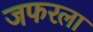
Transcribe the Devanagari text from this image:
जफरला